Plague in India, 1896, 1897 - Volume 2
Year: 1896
Disease focus: Plague
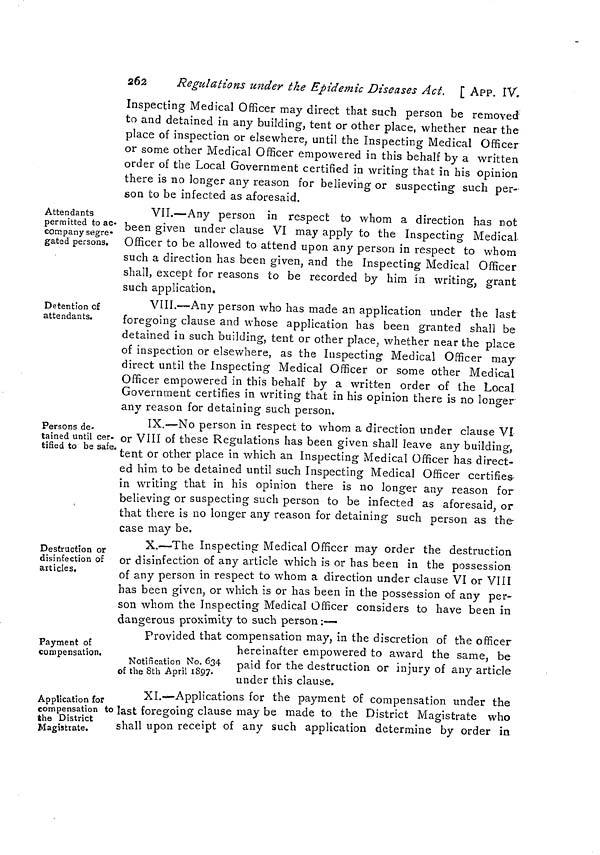
262
Regulations under the Epidemic Diseases Act, [ APP. IV.
Inspecting Medical Officer may direct that such person be removed
to and detained in any building, tent or other place, whether near the
place of inspection or elsewhere, until the Inspecting Medical Officer
or some other Medical Officer empowered in this behalf by a written
order of the Local Government certified in writing that in his opinion
there is no longer any reason for believing or suspecting such per-
son to be infected as aforesaid.
Attendants
permitted to ac-
company segre-
gated persons.
VII.—Any person in respect to whom a direction has not
been given under clause VI may apply to the Inspecting Medical
Officer to be allowed to attend upon any person in respect to whom
such a direction has been given, and the Inspecting Medical Officer
shall, except for reasons to be recorded by him in writing, grant
such application.
Detention of
attendants.
VIII.—Any person who has made an application under the last
foregoing clause and whose application has been granted shall be
detained in such building, tent or other place, whether near the place
of inspection or elsewhere, as the Inspecting Medical Officer may-
direct until the Inspecting Medical Officer or some other Medical
Officer empowered in this behalf by a written order of the Local
Government certifies in writing that in his opinion there is no longer
any reason for detaining such person.
Persons de-
tained until cer-
tified to be safe.
IX.—No person in respect to whom a direction under clause VI
or VIII of these Regulations has been given shall leave any building,
tent or other place in which an Inspecting Medical Officer has direct-
ed him to be detained until such Inspecting Medical Officer certifies
in writing that in his opinion there is no longer any reason for
believing or suspecting such person to be infected as aforesaid, or
that there is no longer any reason for detaining such person as the
case may be,
Destruction or
disinfection of
articles.
X.—The Inspecting Medical Officer may order the destruction
or disinfection of any article which is or has been in the possession
of any person in respect to whom a direction under clause VI or VIIÏ
has been given, or which is or has been in the possession of any per-
son whom the Inspecting Medical Officer considers to have been in
dangerous proximity to such person :—•
Payment of
compensation.
Provided that compensation may, in the discretion of the officer
Notification No. 634
of the 8th April 1897.
hereinafter empowered to award the same, be
paid for the destruction or injury of any article
under this clause.
Application for
compensation to
the District
Magistrate.
XI—Applications for the payment of compensation under the
last foregoing clause may be made to the District Magistrate who
shall upon receipt of any such application determine by order in